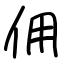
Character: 佣